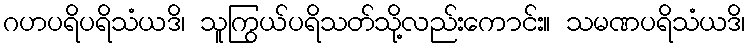
ဂဟပရိပရိသံယဒိ၊ သူကြွယ်ပရိသတ်သို့လည်းကောင်း။ သမဏပရိသံယဒိ၊